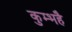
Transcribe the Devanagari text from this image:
कुम्भहै